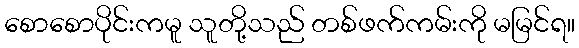
စောစောပိုင်းကမူ သူတို့သည် တစ်ဖက်ကမ်းကို မမြင်ရ။